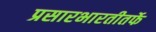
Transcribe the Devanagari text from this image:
प्रसारभारतीतर्फे